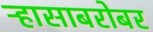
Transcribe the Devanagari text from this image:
ऱ्हासाबरोबर